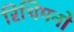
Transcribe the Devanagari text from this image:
रिथिमनो